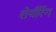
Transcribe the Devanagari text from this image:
शेर्यरिंग